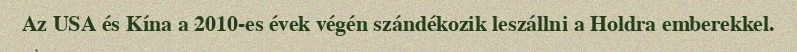
Az USA és Kína a 2010-es évek végén szándékozik leszállni a Holdra emberekkel.